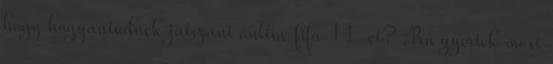
hogy hogyantudnek jatszani online fifa 11-et? :Prn gyertek most